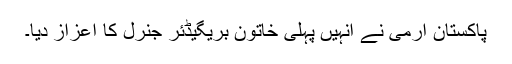
پاکستان آرمی نے انہیں پہلی خاتون بریگیڈئر جنرل کا اعزاز دیا۔